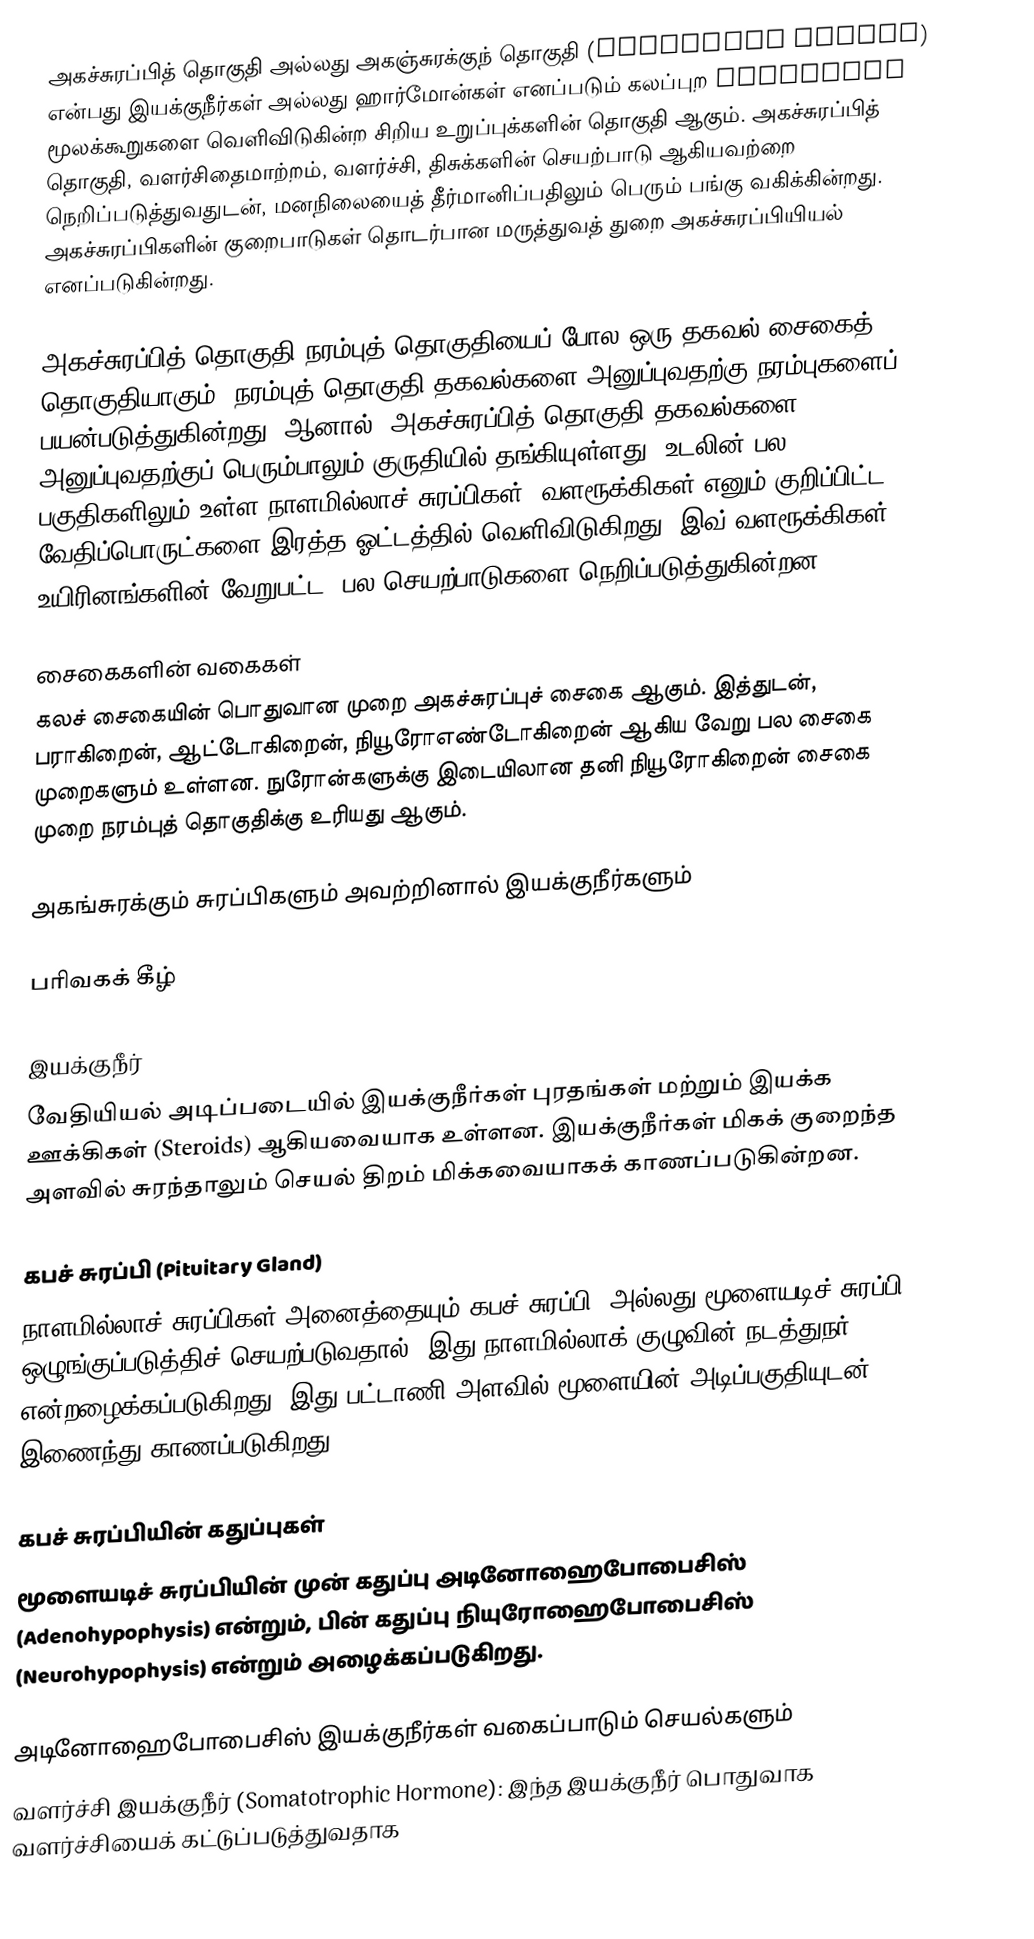
அகச்சுரப்பித் தொகுதி அல்லது அகஞ்சுரக்குந் தொகுதி (Endocrine system) என்பது இயக்குநீர்கள் அல்லது ஹார்மோன்கள் எனப்படும் கலப்புற signaling மூலக்கூறுகளை வெளிவிடுகின்ற சிறிய உறுப்புக்களின் தொகுதி ஆகும். அகச்சுரப்பித் தொகுதி, வளர்சிதைமாற்றம், வளர்ச்சி, திசுக்களின் செயற்பாடு ஆகியவற்றை நெறிப்படுத்துவதுடன், மனநிலையைத் தீர்மானிப்பதிலும் பெரும் பங்கு வகிக்கின்றது. அகச்சுரப்பிகளின் குறைபாடுகள் தொடர்பான மருத்துவத் துறை அகச்சுரப்பியியல் எனப்படுகின்றது.

அகச்சுரப்பித் தொகுதி நரம்புத் தொகுதியைப் போல ஒரு தகவல் சைகைத் தொகுதியாகும். நரம்புத் தொகுதி தகவல்களை அனுப்புவதற்கு நரம்புகளைப் பயன்படுத்துகின்றது, ஆனால், அகச்சுரப்பித் தொகுதி தகவல்களை அனுப்புவதற்குப் பெரும்பாலும் குருதியில் தங்கியுள்ளது. உடலின் பல பகுதிகளிலும் உள்ள நாளமில்லாச் சுரப்பிகள், வளரூக்கிகள் எனும் குறிப்பிட்ட வேதிப்பொருட்களை இரத்த ஓட்டத்தில் வெளிவிடுகிறது. இவ் வளரூக்கிகள் உயிரினங்களின் வேறுபட்ட, பல செயற்பாடுகளை நெறிப்படுத்துகின்றன.

சைகைகளின் வகைகள்
கலச் சைகையின் பொதுவான முறை அகச்சுரப்புச் சைகை ஆகும். இத்துடன், பராகிறைன், ஆட்டோகிறைன், நியூரோஎண்டோகிறைன் ஆகிய வேறு பல சைகை முறைகளும் உள்ளன. நுரோன்களுக்கு இடையிலான தனி நியூரோகிறைன் சைகை முறை நரம்புத் தொகுதிக்கு உரியது ஆகும்.

அகங்சுரக்கும் சுரப்பிகளும் அவற்றினால் இயக்குநீர்களும்

பரிவகக் கீழ்

இயக்குநீர்
வேதியியல் அடிப்படையில் இயக்குநீர்கள் புரதங்கள் மற்றும் இயக்க ஊக்கிகள் (Steroids) ஆகியவையாக உள்ளன. இயக்குநீர்கள் மிகக் குறைந்த அளவில் சுரந்தாலும் செயல் திறம் மிக்கவையாகக் காணப்படுகின்றன.

கபச் சுரப்பி (Pituitary Gland)
நாளமில்லாச் சுரப்பிகள் அனைத்தையும் கபச் சுரப்பி (அல்லது மூளையடிச் சுரப்பி) ஒழுங்குப்படுத்திச் செயற்படுவதால், இது நாளமில்லாக் குழுவின் நடத்துநர் என்றழைக்கப்படுகிறது. இது பட்டாணி அளவில் மூளையின் அடிப்பகுதியுடன் இணைந்து காணப்படுகிறது.

கபச் சுரப்பியின் கதுப்புகள்
மூளையடிச் சுரப்பியின் முன் கதுப்பு அடினோஹைபோபைசிஸ் (Adenohypophysis) என்றும், பின் கதுப்பு நியுரோஹைபோபைசிஸ் (Neurohypophysis) என்றும் அழைக்கப்படுகிறது.

அடினோஹைபோபைசிஸ் இயக்குநீர்கள் வகைப்பாடும் செயல்களும்
 வளர்ச்சி இயக்குநீர் (Somatotrophic Hormone): இந்த இயக்குநீர் பொதுவாக வளர்ச்சியைக் கட்டுப்படுத்துவதாக